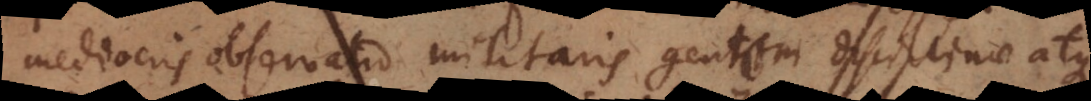
observatio militaris gentem disciplinae atque